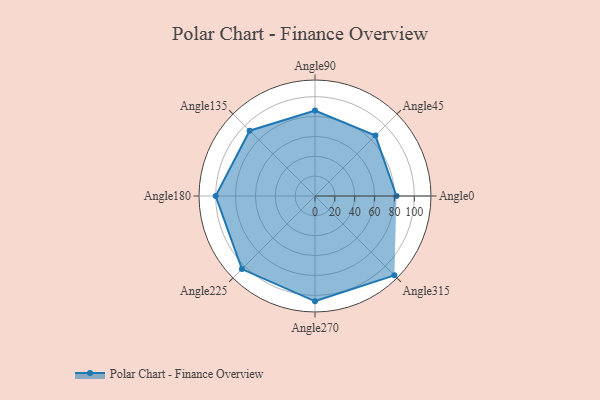
{"axis": {"x": "Angle", "y": "Radius"}, "legend": [""], "data": [{"x": "Angle0", "y": 82.0, "type": ""}, {"x": "Angle45", "y": 86.0, "type": ""}, {"x": "Angle90", "y": 86.0, "type": ""}, {"x": "Angle135", "y": 93.0, "type": ""}, {"x": "Angle180", "y": 100.0, "type": ""}, {"x": "Angle225", "y": 104.0, "type": ""}, {"x": "Angle270", "y": 106.0, "type": ""}, {"x": "Angle315", "y": 113.0, "type": ""}]}